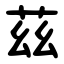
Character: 茲